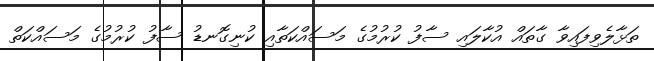
ތަޅާލެވިފައިވާ ގާތައް އުކާލައި ސާފު ކުރުމުގެ މަސައްކަތާއި ކުނިގޮނޑު ސާފު ކުރުމުގެ މަސައްކަތް